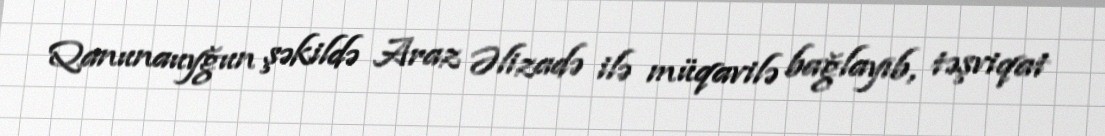
Qanunauyğun şəkildə Araz Əlizadə ilə müqavilə bağlayıb, təşviqat